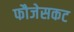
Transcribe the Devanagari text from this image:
फौजेसकट